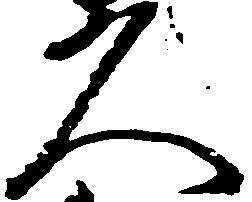
久